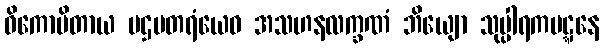
ဝိကောပိတာယ ပဌမတရံယေဝ အသဟနလက္ခဏံ ဘိယျော သုပ္ပါရကပဋ္ဋနေ